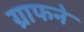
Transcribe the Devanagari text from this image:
ग्राफने